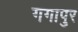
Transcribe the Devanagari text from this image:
गगापुर